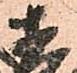
直